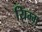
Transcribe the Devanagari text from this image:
यिम्म